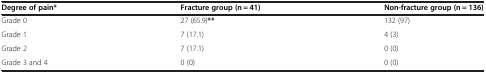
<table><thead><tr><td><b>Degree of pain*</b></td><td><b>Fracture group (n = 41)</b></td><td><b>Non-fracture group (n = 136)</b></td></tr></thead><tbody><tr><td>Grade 0</td><td>27 (65.9)<b>**</b></td><td>132 (97)</td></tr><tr><td>Grade 1</td><td>7 (17.1)</td><td>4 (3)</td></tr><tr><td>Grade 2</td><td>7 (17.1)</td><td>0 (0)</td></tr><tr><td>Grade 3 and 4</td><td>0 (0)</td><td>0 (0)</td></tr></tbody></table>